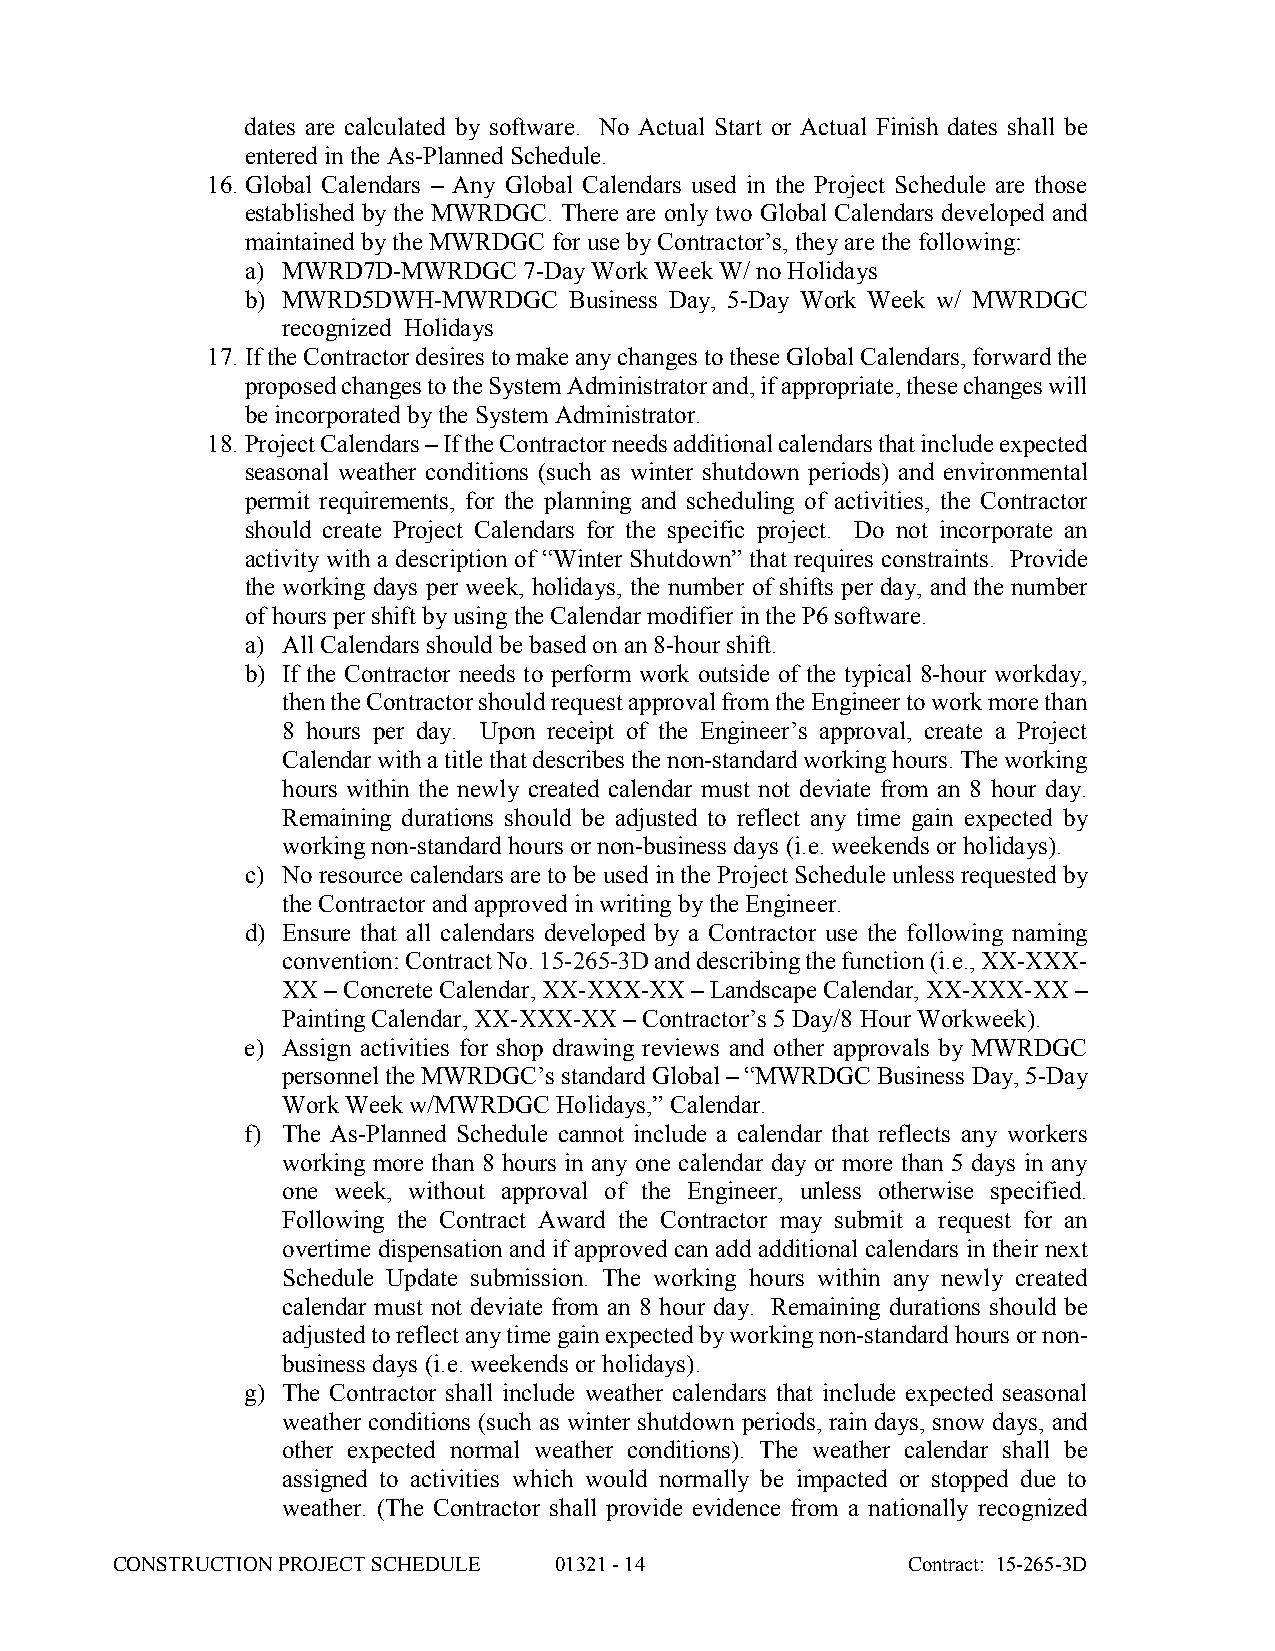
dates are calculated by software. No Actual Start or Actual Finish dates shall be
 entered in the As-Planned Schedule.
 16. Global Calendars – Any Global Calendars used in the Project Schedule are those
 established by the MWRDGC. There are only two Global Calendars developed and
 maintained by the MWRDGC for use by Contractor’s, they are the following:
 a) MWRD7D-MWRDGC   7-Day Work Week W/ no Holidays
 b) MWRD5DWH-MWRDGC    Business Day, 5-Day Work Week w/ MWRDGC
 recognized Holidays
 17. If the Contractor desires to make any changes to these Global Calendars, forward the
 proposed changes to the System Administrator and, if appropriate, these changes will
 be incorporated by the System Administrator.
 18. Project Calendars – If the Contractor needs additional calendars that include expected
 seasonal weather conditions (such as winter shutdown periods) and environmental
 permit requirements, for the planning and scheduling of activities, the Contractor
 should create Project Calendars for the specific project. Do not incorporate an
 activity with a description of “Winter Shutdown” that requires constraints. Provide
 the working days per week, holidays, the number of shifts per day, and the number
 of hours per shift by using the Calendar modifier in the P6 software.
 a) All Calendars should be based on an 8-hour shift.
 b) If the Contractor needs to perform work outside of the typical 8-hour workday,
 then the Contractor should request approval from the Engineer to work more than
 8 hours per day. Upon receipt of the Engineer’s approval, create a Project
 Calendar with a title that describes the non-standard working hours. The working
 hours within the newly created calendar must not deviate from an 8 hour day.
 Remaining durations should be adjusted to reflect any time gain expected by
 working non-standard hours or non-business days (i.e. weekends or holidays).
 c) No resource calendars are to be used in the Project Schedule unless requested by
 the Contractor and approved in writing by the Engineer.
 d) Ensure that all calendars developed by a Contractor use the following naming
 convention: Contract No. 15-265-3D and describing the function (i.e., XX-XXX-
 XX – Concrete Calendar, XX-XXX-XX – Landscape Calendar, XX-XXX-XX –
 Painting Calendar, XX-XXX-XX – Contractor’s 5 Day/8 Hour Workweek).
 e) Assign activities for shop drawing reviews and other approvals by MWRDGC
 personnel the MWRDGC’s standard Global – “MWRDGC Business Day, 5-Day
 Work Week w/MWRDGC Holidays,” Calendar.
 f) The As-Planned Schedule cannot include a calendar that reflects any workers
 working more than 8 hours in any one calendar day or more than 5 days in any
 one week, without approval of the Engineer, unless otherwise specified.
 Following the Contract Award the Contractor may submit a request for an
 overtime dispensation and if approved can add additional calendars in their next
 Schedule Update submission. The working hours within any newly created
 calendar must not deviate from an 8 hour day. Remaining durations should be
 adjusted to reflect any time gain expected by working non-standard hours or non-
 business days (i.e. weekends or holidays).
 g) The Contractor shall include weather calendars that include expected seasonal
 weather conditions (such as winter shutdown periods, rain days, snow days, and
 other expected normal weather conditions). The weather calendar shall be
 assigned to activities which would normally be impacted or stopped due to
 weather. (The Contractor shall provide evidence from a nationally recognized
 CONSTRUCTION PROJECT SCHEDULE 01321 - 14             Contract: 15-265-3D